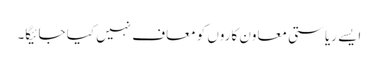
ایسے ریاستی معاون کاروں کو معاف نہیں کیا جائیگا۔